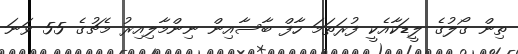
ތިން ގޯލުގެ ލީޑަކާއެކީ ފުރަތަމަ ހާފް ބާސާއިން ނިންމާލިއިރު މެޗުގެ 55 ވަނަ